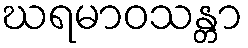
ဃရမာဝသန္တာ